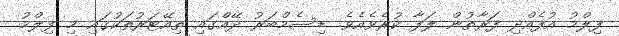
ފިލްމު އުފެއްދި ފަރާތުން ލަފާ ކުރެވެއެވެ. ޑިސެމްބަރު ދޭއްގައި ތިއޭޓަރުތަކުގައި މި ފިލްމު